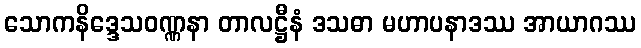
သောကနိဒ္ဒေသဝဏ္ဏနာ တာလဋ္ဌီနံ ဒသဓာ မဟာပနာဒဿ အာယာဂဿ